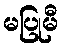
မပြုမီ